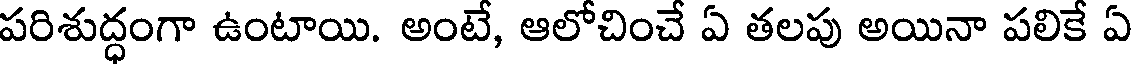
పరిశుద్ధంగా ఉంటాయి. అంటే, ఆలోచించే ఏ తలపు అయినా పలికే ఏ